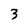
Character: 3